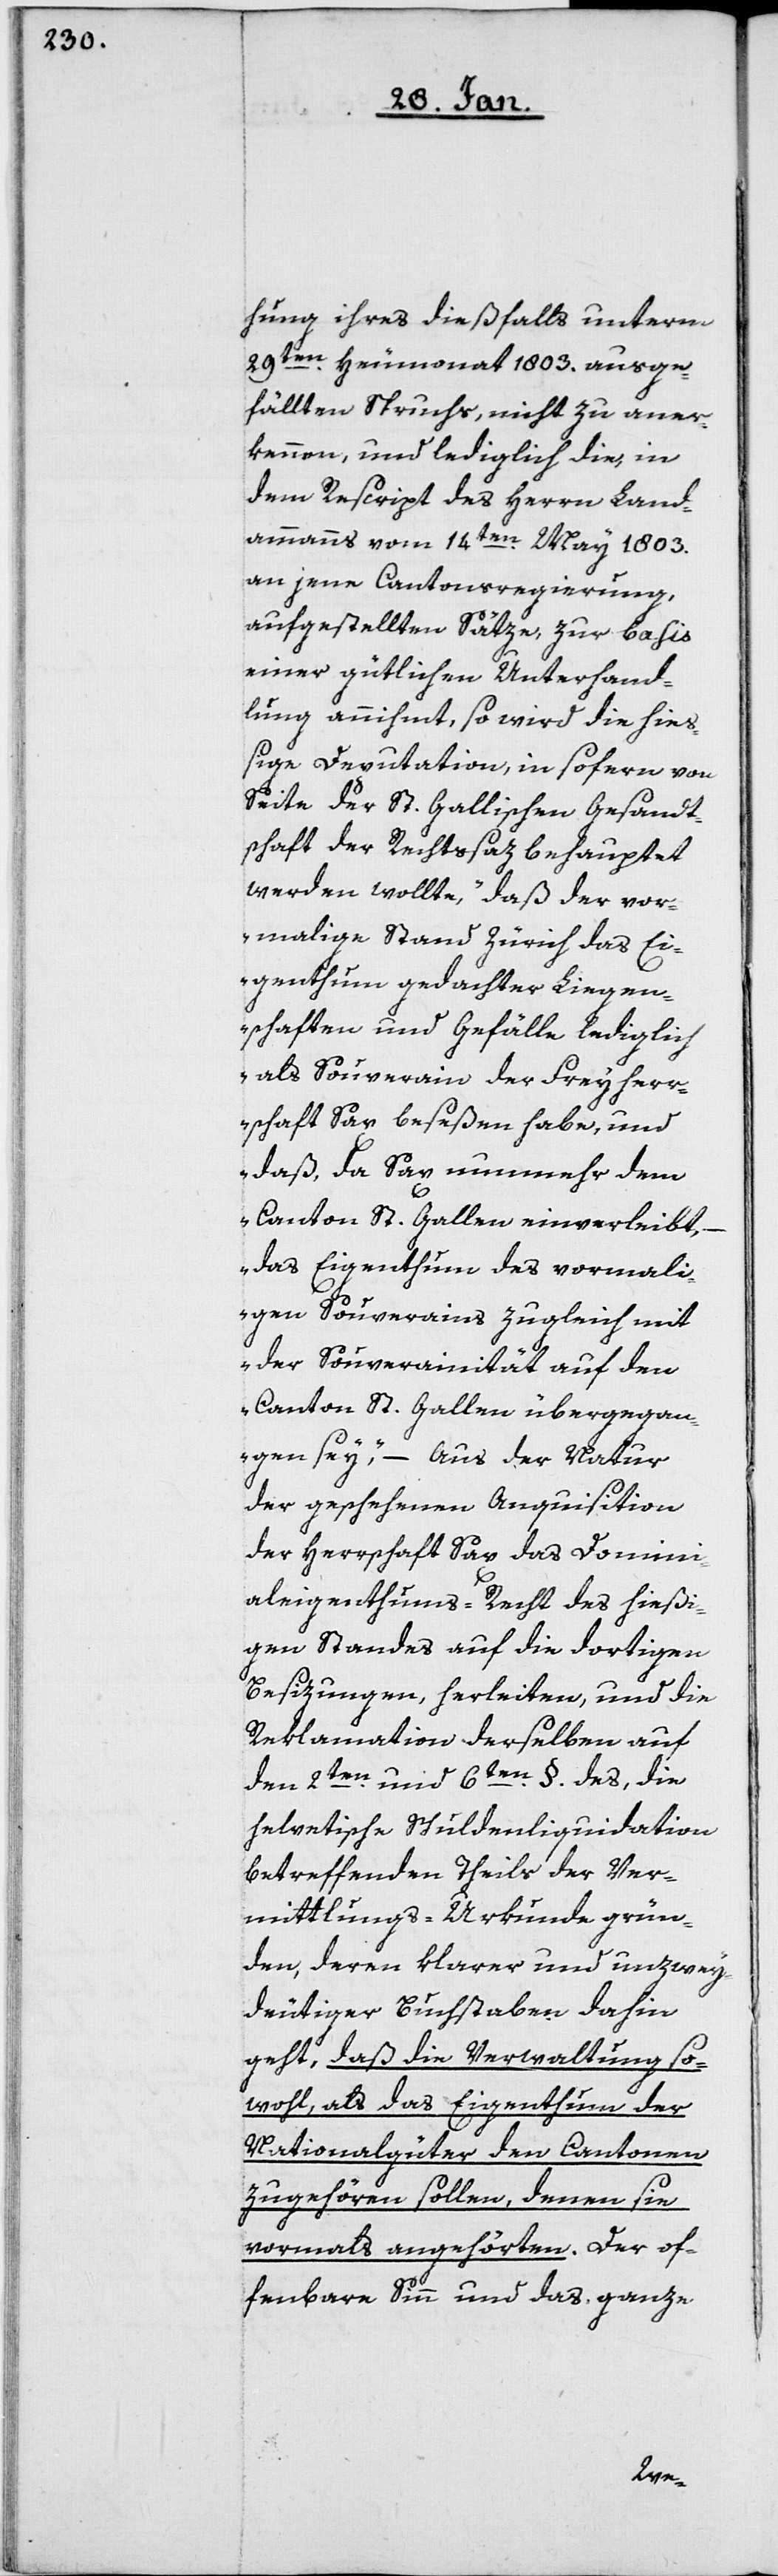
hung ihres dießfalls unterm
29ten. Heumonat 1803. ausge¬
fällten Spruchs, nicht zu aner¬
kennen, und lediglich die, in
dem Rescript des Herrn Land¬
ammanns vom 14ten. May 1803.
an jene Cantonsregierung,
aufgestellte Sätze, zur Basis
einer gütlichen Unterhand¬
lung annihmt, so wird die hieß¬
ige Deputation, in sofern von
Seite der St. Gallischen Gesandt¬
schaft der Rechtssaz behauptet
werden wollte, „daß der vor¬
malige Stand Zürich das Ei¬
genthum gedachter Liegen¬
schaften und Gefälle lediglich
als Souverain der Freyherr¬
schaft Sax beseßen habe, und
daß, da Sax nunmehr dem
Canton St. Gallen einverleibt,
das Eigenthum des vormali¬
gen Souverains zugleich mit
der Souverainität auf den
Canton St. Gallen übergegan¬
gen sey,“ – Aus der Natur
der geschehenen Aquisition
der Herrschaft Sax das Domini¬
aleigenthums-Recht des hießi¬
gen Standes auf die dortigen
Besizungen, herleiten, und die
Reklamation derselben auf
den 2ten. und 6ten. §. des, die
helvetische Schuldenliquidation
betreffenden Theils der Ver¬
mittlungs-Urkunde grün¬
den, deren klarer und unzwey¬
deutiger Buchstaben dahin
geht, daß die Verwaltung so¬
wohl, als das Eigenthum der
Nationalgüter den Cantonen
zugehören sollen, denen sie
vormals angehörten. Der of¬
fenbare Sinn und das ganze